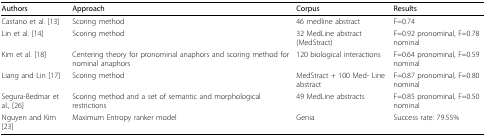
<table><thead><tr><td><b>Authors</b></td><td><b>Approach</b></td><td><b>Corpus</b></td><td><b>Results</b></td></tr></thead><tbody><tr><td>Castano et al. [13]</td><td>Scoring method</td><td>46 medline abstract</td><td>F=0.74</td></tr><tr><td>Lin et al. [14]</td><td>Scoring method</td><td>32 MedLine abstract (MedStract)</td><td>F=0.92 pronominal, F=0.78 nominal</td></tr><tr><td>Kim et al. [18]</td><td>Centering theory for pronominal anaphors and scoring method for nominal anaphors</td><td>120 biological interactions</td><td>F=0.64 pronominal, F=0.59 nominal</td></tr><tr><td>Liang and Lin [17]</td><td>Scoring method</td><td>MedStract + 100 Med- Line abstract</td><td>F=0.87 pronominal, F=0.80 nominal</td></tr><tr><td>Segura-Bedmar et al., [26]</td><td>Scoring method and a set of semantic and morphological restrictions</td><td>49 MedLine abstracts</td><td>F=0.85 pronominal, F=0.50 nominal</td></tr><tr><td>Nguyen and Kim [23]</td><td>Maximum Entropy ranker model</td><td>Genia</td><td>Success rate: 79.55%</td></tr></tbody></table>